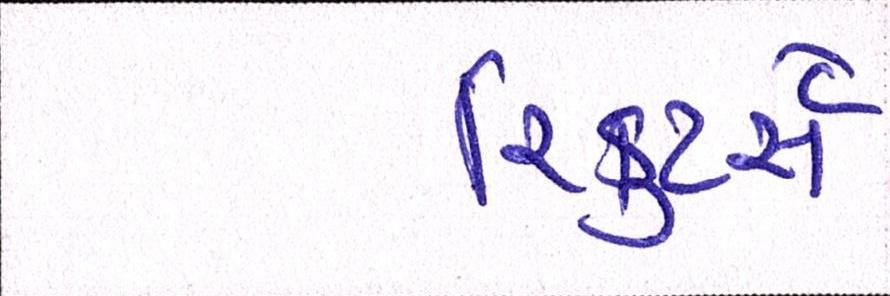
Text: રિક્રુટર્સે